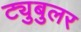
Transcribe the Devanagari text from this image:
ट्युबुलर